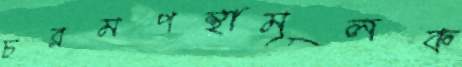
চরমপন্থামূলক